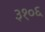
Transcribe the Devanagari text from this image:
३१०६